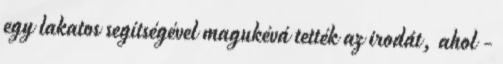
egy lakatos segítségével magukévá tették az irodát, ahol -